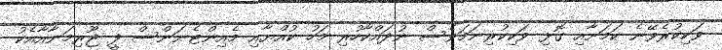
ވަކިކުރެވޭނެ ކަމަށާއި ގޮޅި ވަކިކުރިނަމަވެސް ނުދައްކާހުރި މަހު ކުއްޔާއި މެއިންޓެނަންސް ފީ ޖޫރިމަނާއާއެކު